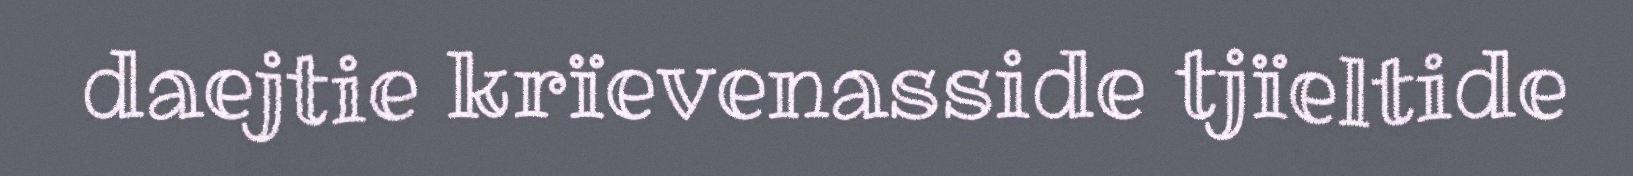
daejtie krïevenasside tjïeltide